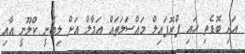
އަދި ބޮޑެތި ހައި ޕްރޮފައިލް މައްސަލަތައް އަމާލް އަށް ލިބެނީ ކްލޫނީ އާއި